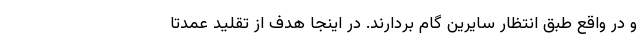
و در واقع طبق انتظار سایرین گام بردارند. در اینجا هدف از تقلید عمدتا